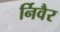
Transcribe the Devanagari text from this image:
र्निवैर